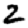
Digit: 2